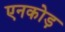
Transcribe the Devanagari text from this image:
एनकोड़